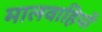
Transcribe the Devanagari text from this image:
मालवाहियों